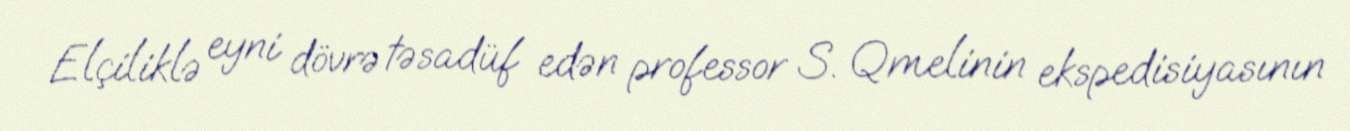
Elçiliklə eyni dövrə təsadüf edən professor S. Qmelinin ekspedisiyasının